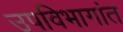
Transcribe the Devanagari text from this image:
उपविभागांत